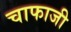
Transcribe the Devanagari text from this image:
चाफाजी